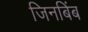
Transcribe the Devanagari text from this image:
जिनबिंब